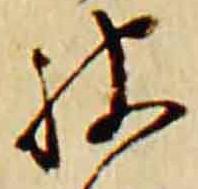
被